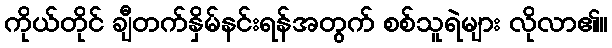
ကိုယ်တိုင် ချီတက်နှိမ်နင်းရန်အတွက် စစ်သူရဲများ လိုလာ၏။